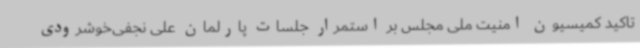
تاکید کمیسیون امنیت ملی مجلس بر استمرار جلسات پارلمان علی نجفی‌خوشرودی